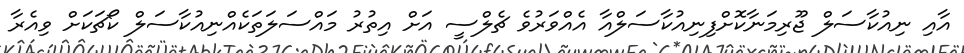
އާއި ނިއުކާސަލް ޖޫރިމަނާކޮށްފިނިއުކާސަލްއާ އެއްވަރުވެ ޗެލްސީ އަށް އިތުރު މައްސަލަތަކެއްނިއުކާސަލް ކޯޗަކަށް ވިއެރާ